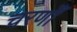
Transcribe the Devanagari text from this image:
चरणोँ